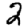
Digit: 2